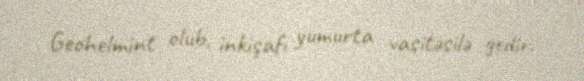
Geohelmint olub, inkişafı yumurta vasitəsilə gedir.